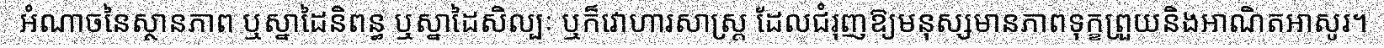
អំណាចនៃស្ថានភាព ឬស្នាដៃនិពន្ធ ឬស្នាដៃសិល្បៈ ឬក៏វោហារសាស្ត្រ ដែលជំរុញឱ្យមនុស្សមានភាពទុក្ខព្រួយនិងអាណិតអាសូរ។